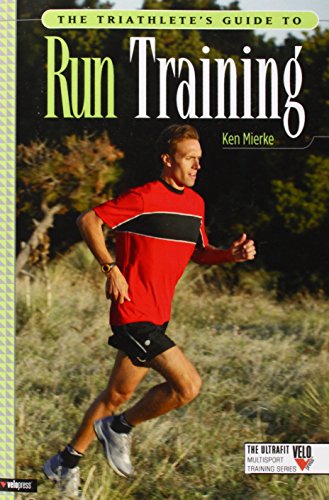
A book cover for The Triathlete's Guide to Run Training (Ultrafit Multisport Training Series); Ken Mierke; Health, Fitness & Dieting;